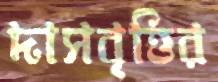
দাসবৃত্তির